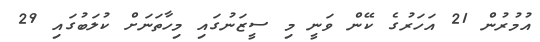
އުމުރުން 21 އަހަރުގެ ކޭން ވަނީ މި ސީޒަނުގައި މިހާތަނަށް ކުލަބުގައި 29